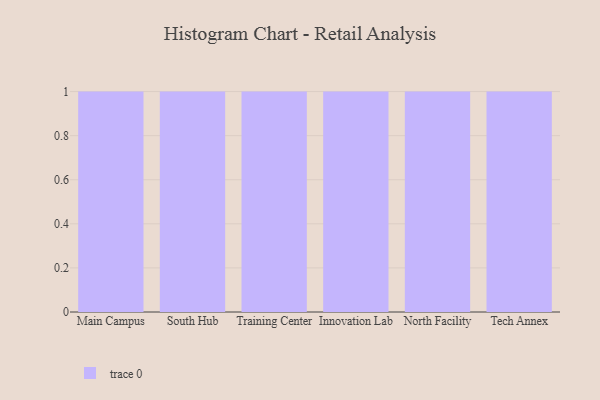
{"axis": {"x": "Campus", "y": "Satisfaction Score"}, "legend": [""], "data": [{"x": "Main Campus", "y": 45, "type": ""}, {"x": "South Hub", "y": 80, "type": ""}, {"x": "Training Center", "y": 1, "type": ""}, {"x": "Innovation Lab", "y": 7, "type": ""}, {"x": "North Facility", "y": 23, "type": ""}, {"x": "Tech Annex", "y": 39, "type": ""}]}